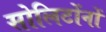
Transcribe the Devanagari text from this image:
सोलिटोंनों